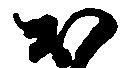
お